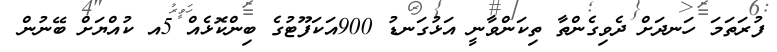
ފުރަތަމަ ހަނދަށް ދެވިގެންތާ ތިކަންވާނީ އަޅުގަނޑު 900އަކަފޫޓުގެ ބިންކޮޅެއް 5އ ކުއްޔަށް ބޭނުން